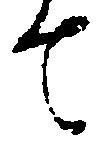
て